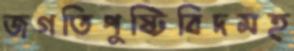
জগতিপুষ্টিবিদমহ